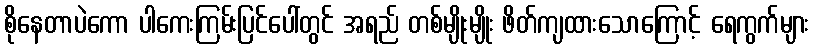
စိုနေတာပဲကော ပါကေးကြမ်းပြင်ပေါ်တွင် အရည် တစ်မျိုးမျိုး ဖိတ်ကျထားသောကြောင့် ရေကွက်များ